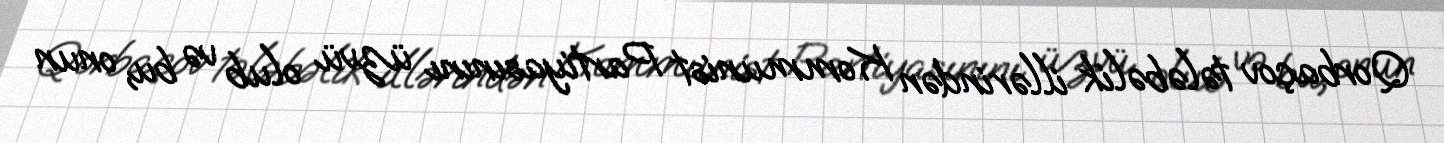
Qorbaçov tələbəlik illərindən Kommunist Partiyasınını üzvü olub və bu, onun